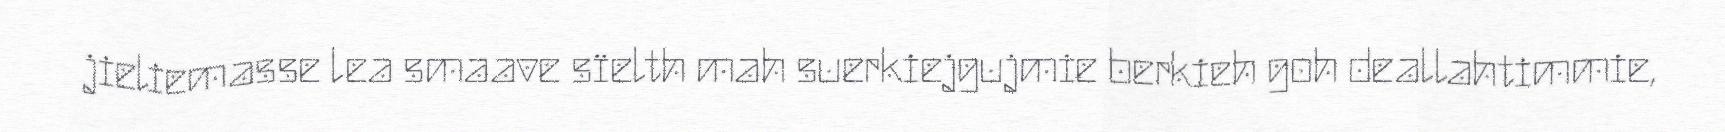
jieliemasse lea smaave sïelth mah suerkiejgujmie berkieh goh deallahtimmie,